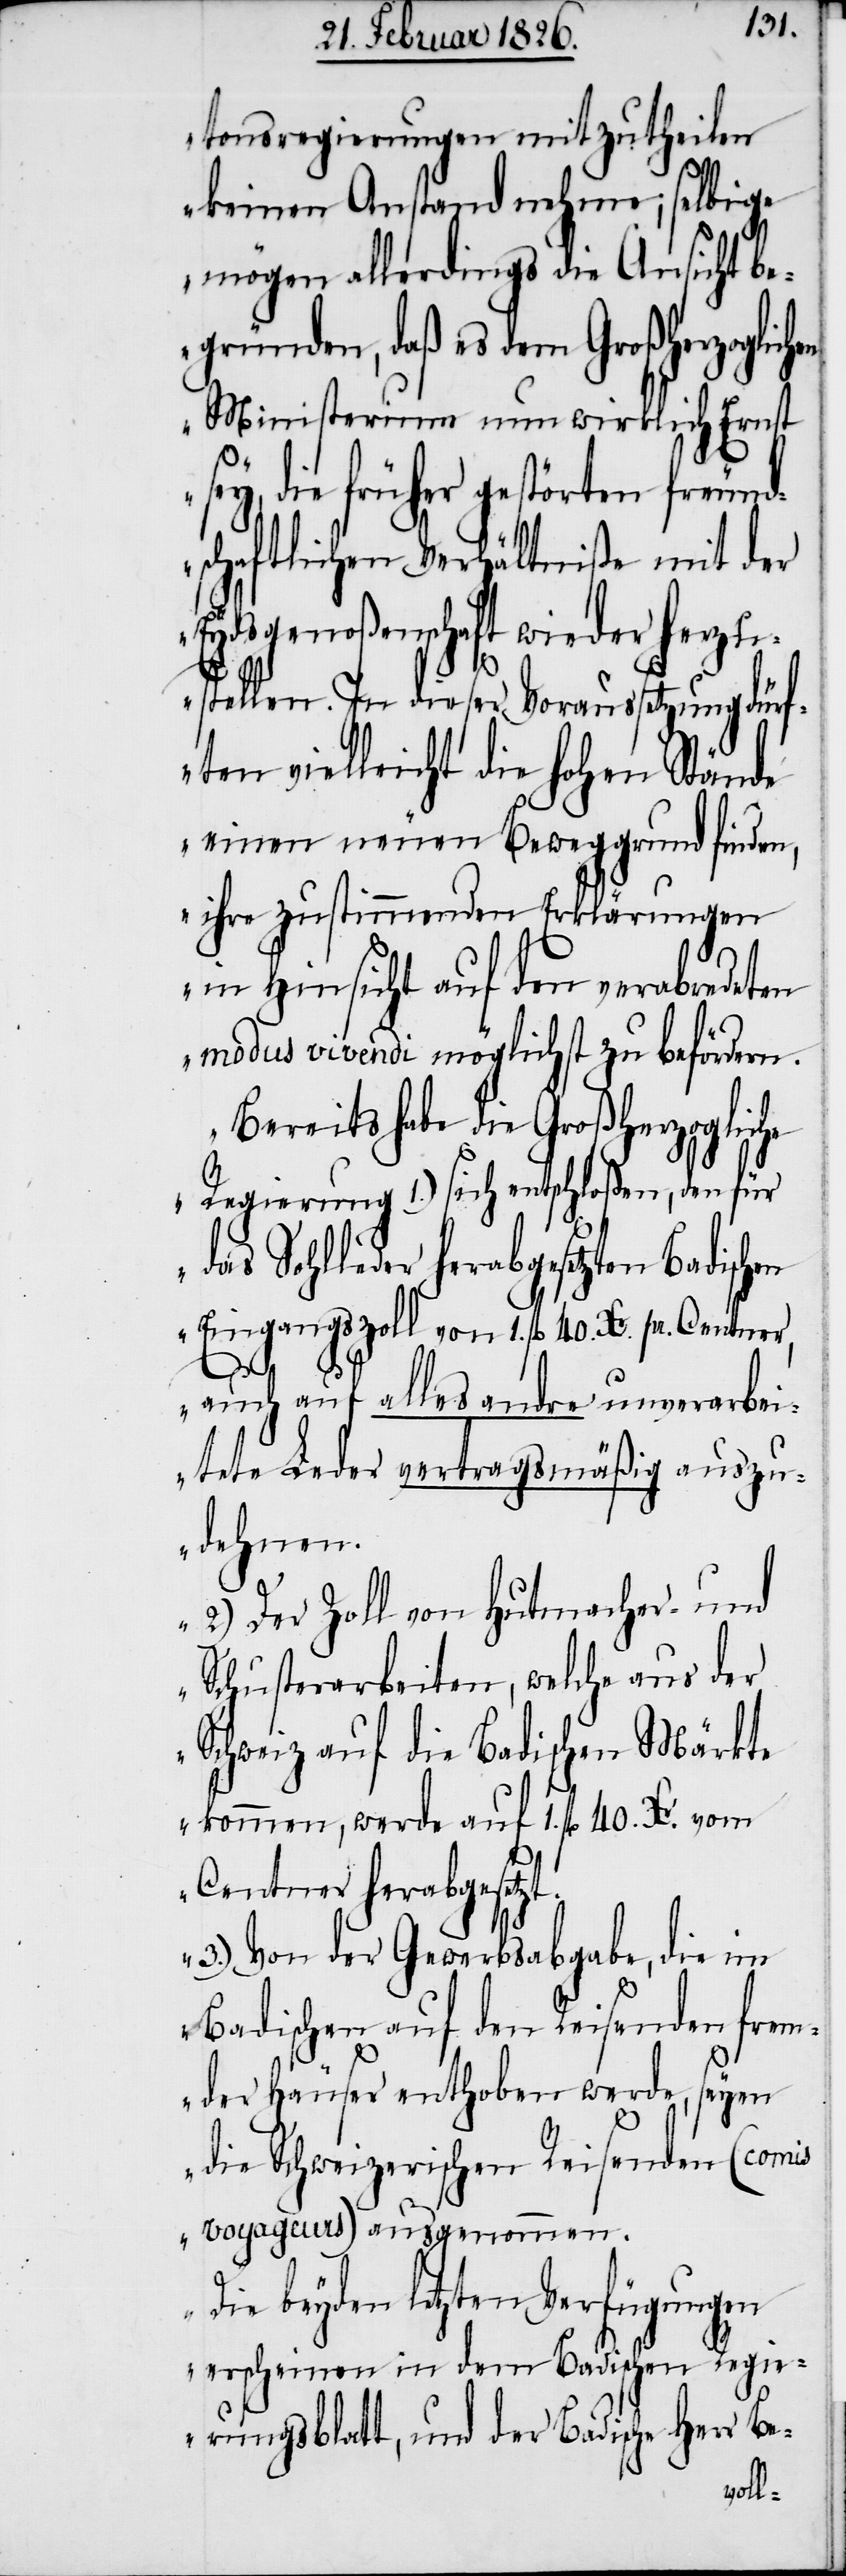
tonsregierungen mitzutheilen
keinen Anstand nehme; selbige
mögen allerdings die Ansicht b¬
egründen, daß es dem Großherzoglichen
Ministerium nun wirklich Ernst
die früher gestörten freund¬
schaftlichen Verhältniße mit der
Eydsgenoßenschaft wieder herzu¬
stellen. In dieser Voraussetzung dürf¬
ten vielleicht die hohen Stände
jenen neuen Beweggrund finden,
ihre zustimmenden Erklärungen
in Hinsicht auf den verabredeten
modus vivendi möglichst zu befördern.
Bereits habe die Großherzogliche
Regierung 1.) sich entschloßen, den für
das Sohlleder herabgesetzten
Eingangszoll von 1. fl. 40. Kr. pr. Centner,
auch auf alles andre unverarbei¬
tete Leder vertragsgemäß auszu¬
dehnen.
2.) Der Zoll von Hutmacher- und
Schusterarbeiten, welche aus der
Schweiz auf die Badischen Märkte
kommen, werde auf 1. fl. 40. Kr. vom
Centner herabgesetzt.
3.) Von der Gewerbsabgabe, die im
Badischen auf den Reisenden frem¬
der Häuser enthoben werde, seyen
die Schweizerischen Reisenden (comis
voyageurs) ausgenommen.
Die beyden letzten Verfügungen
erscheinen in dem Badischen Regie¬
rungsblatt, und der badische Herr Be-